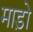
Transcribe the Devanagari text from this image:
माड़ो